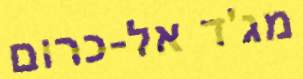
מג'ד אל-כרום